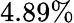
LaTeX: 4.89\%